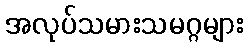
အလုပ်သမားသမဂ္ဂများ